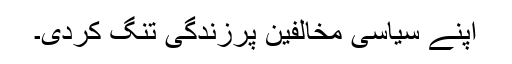
اپنے سیاسی مخالفین پرزندگی تنگ کردی۔